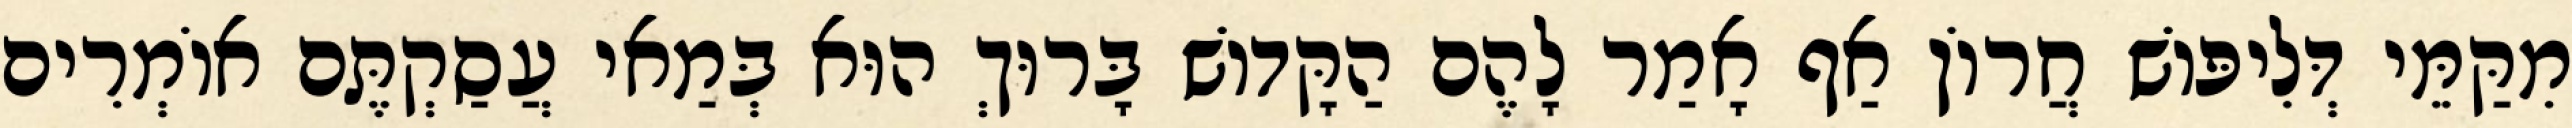
מִקַּמֵּי דְּלִיפּוֹשׁ חֲרוֹן אַף אָמַר לָהֶם הַקָּדוֹשׁ בָּרוּךְ הוּא בְּמַאי עֲסַקְתֶּם אוֹמְרִים